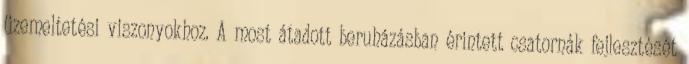
üzemeltetési viszonyokhoz. A most átadott beruházásban érintett csatornák fejlesztését